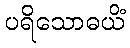
ပရိသောဓယိံ